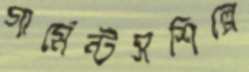
গার্মেন্টসশিল্পে